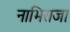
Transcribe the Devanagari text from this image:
नाभिराजा